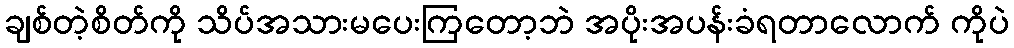
ချစ်တဲ့စိတ်ကို သိပ်အသားမပေးကြတော့ဘဲ အပိုးအပန်းခံရတာလောက် ကိုပဲ